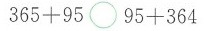
$$3 6 5 + 9 5 \circ 9 5 + 3 6 4$$